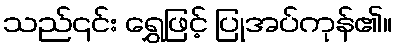
သည်၎င်း ရွှေဖြင့် ပြုအပ်ကုန်၏။